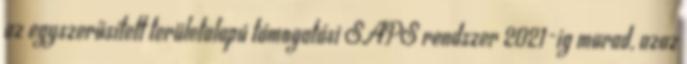
az egyszerűsített területalapú támogatási SAPS rendszer 2021-ig marad, azaz